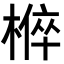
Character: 𭫚